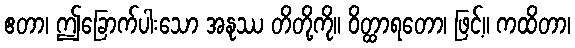
ဧတာ၊ ဤခြောက်ပါးသော အနုဿ တိတို့ကို။ ဝိတ္ထာရတော၊ ဖြင့်။ ကထိတာ၊